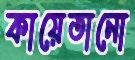
কায়েতানো